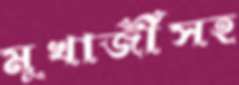
মুখার্জীসহ